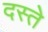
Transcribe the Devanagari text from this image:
दस्‍ते